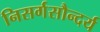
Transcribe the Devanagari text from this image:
निसर्गसौन्दर्य